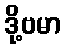
ဒို့ဗမာ